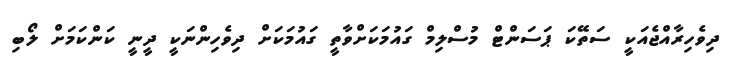
ދިވެހިރާއްޖެއަކީ ސަތޭކަ ޕަސަންޓް މުސްލިމް ގައުމަކަށްވާތީ ގައުމަކަށް ދިވެހިންނަކީ ދީނީ ކަންކަމަށް ލޯބި